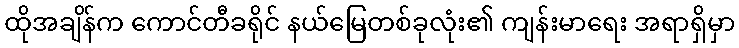
ထိုအချိန်က ကောင်တီခရိုင် နယ်မြေတစ်ခုလုံး၏ ကျန်းမာရေး အရာရှိမှာ